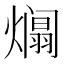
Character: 𪹹